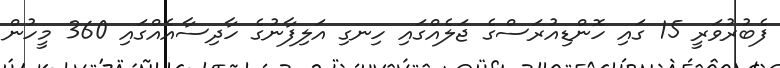
ފެބުރުވަރީ 15 ގައި ހޮންޑިއުރަސްގެ ޖަލެއްގައި ހިނގި އަލިފާނުގެ ހާދިސާއެއްގައި 360 މީހުން